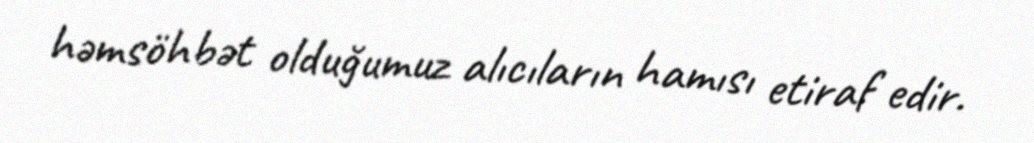
həmsöhbət olduğumuz alıcıların hamısı etiraf edir.